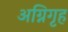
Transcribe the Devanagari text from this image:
अग्निगृह